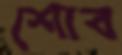
শোব